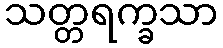
သတ္တရက္ခသာ